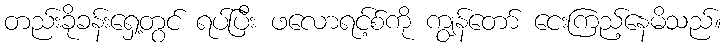
တည်းခိုခန်းရှေ့တွင် ရပ်ပြီး ဖလောရင့်စ်ကို ကျွန်တော် ငေးကြည့်နေမိသည်။